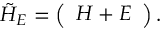
\tilde { H } _ { E } = \left( \begin{array} { c c c c } { H + E } \end{array} \right) .